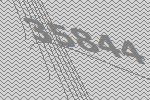
35844